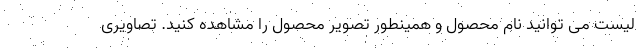
لیست می توانید نام محصول و همینطور تصویر محصول را مشاهده کنید. تصاویری